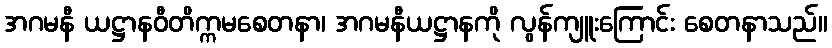
အဂမနီ ယဋ္ဌာနဝီတိက္ကမစေတနာ၊ အဂမနီယဋ္ဌာနကို လွန်ကျူးကြောင်း စေတနာသည်။